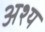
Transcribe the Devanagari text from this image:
अश्य